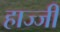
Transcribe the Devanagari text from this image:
हाज्जी